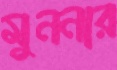
মুননার